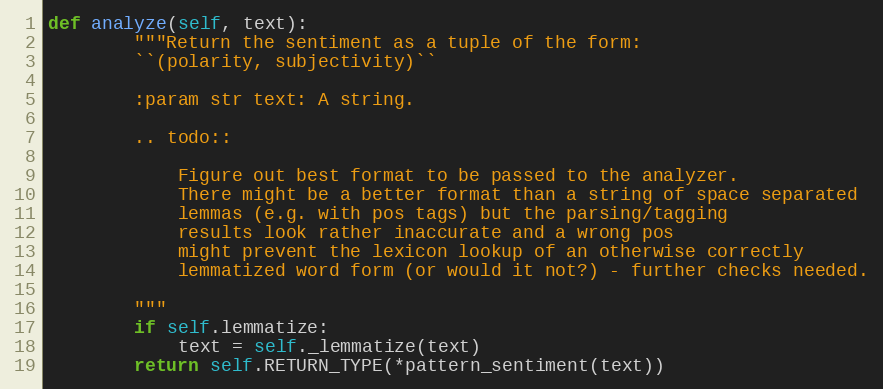
Language: Python
def analyze(self, text):
        """Return the sentiment as a tuple of the form:
        ``(polarity, subjectivity)``

        :param str text: A string.

        .. todo::

            Figure out best format to be passed to the analyzer.
            There might be a better format than a string of space separated
            lemmas (e.g. with pos tags) but the parsing/tagging
            results look rather inaccurate and a wrong pos
            might prevent the lexicon lookup of an otherwise correctly
            lemmatized word form (or would it not?) - further checks needed.

        """
        if self.lemmatize:
            text = self._lemmatize(text)
        return self.RETURN_TYPE(*pattern_sentiment(text))